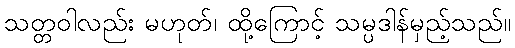
သတ္တဝါလည်း မဟုတ်၊ ထို့ကြောင့် သမ္ပဒါန်မှည့်သည်။